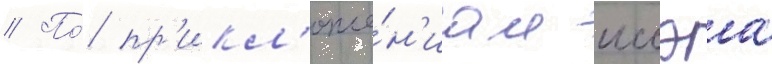
// По́ пр'икл'юче́н'иам иссэа